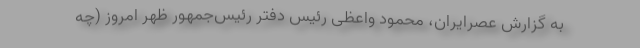
به گزارش عصرایران، محمود واعظی رئیس دفتر رئیس‌جمهور ظهر امروز (چه